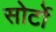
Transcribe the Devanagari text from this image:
सोर्टो